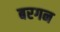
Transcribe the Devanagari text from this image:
बरगन